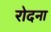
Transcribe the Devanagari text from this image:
रोदना